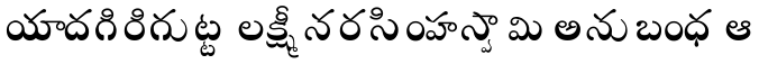
యాదగిరిగుట్ట లక్ష్మీనరసింహస్వామి అనుబంధ ఆ